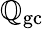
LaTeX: \mathbb{Q}_{\mathrm{gc}}